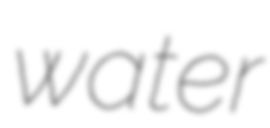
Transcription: water